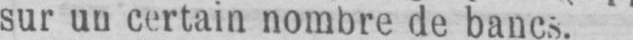
sur un certain nombre de bancs.